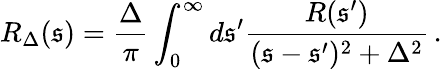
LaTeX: R_{\Delta}(\mathfrak{s})=\frac{{\Delta}}{{\pi}}\int_{0}^{\infty}d\mathfrak{s}^{\prime}\frac{{R(\mathfrak{s}^{\prime})}}{{(\mathfrak{s}-\mathfrak{s}^{\prime})^{2}+\Delta^{2}}}\, .